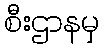
စီးဌာနမှ